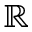
\mathbb { R }